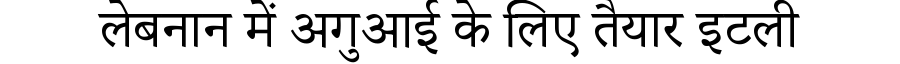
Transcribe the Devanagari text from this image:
लेबनान में अगुआई के लिए तैयार इटली